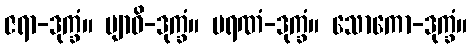
ဇရာ-ဒုက္ခံ။ ဗျာဓိ-ဒုက္ခံ။ မရဏံ-ဒုက္ခံ။ သောကော-ဒုက္ခံ။